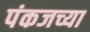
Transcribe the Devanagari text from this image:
पंकजच्या